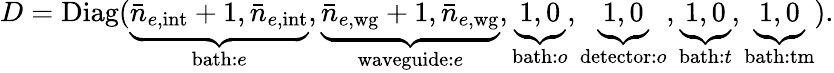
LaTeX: D=\mathrm{Diag}(\underbrace{\bar{n}_{e,\mathrm{int}}+1,\bar{n}_{e,\mathrm{int}}}_{\mathrm{bath:}e},\underbrace{\bar{n}_{e,\mathrm{wg}}+1,\bar{n}_{e,\mathrm{wg}}}_{\mathrm{waveguide:}e},\underbrace{1,0}_{\mathrm{bath:}o},\underbrace{1,0}_{\mathrm{detector:}o},\underbrace{1,0}_{\mathrm{bath:}t},\underbrace{1,0}_{\mathrm{bath:}\mathrm{tm}}).